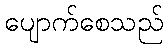
ပျောက်စေသည်